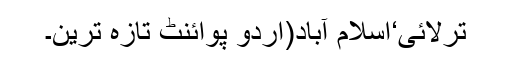
ترلائی‘اسلام آباد(اُردو پوائنٹ تازہ ترین۔